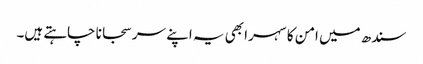
سندھ میں امن کا سہرا بھی یہ اپنے سر سجانا چاہتے ہیں۔